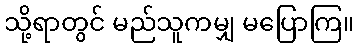
သို့ရာတွင် မည်သူကမျှ မပြောကြ။